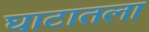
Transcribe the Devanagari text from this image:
घाटातला